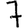
Digit: 7